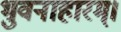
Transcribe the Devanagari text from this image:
भुवनाहारम्‌।